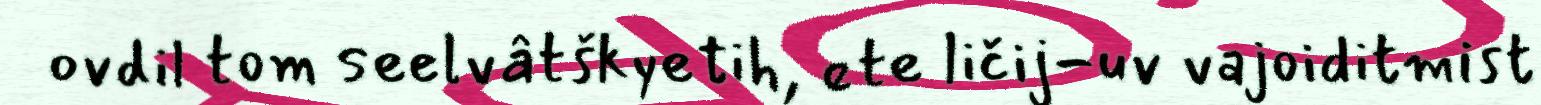
ovdil tom seelvâtškyetih, ete ličij-uv vajoiditmist